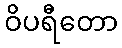
ဝိပရီတော